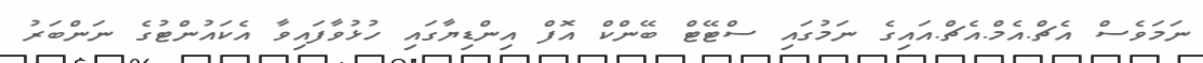
ނަމަވެސް އެޗް.އެމް.އެޗް.އައިގެ ނަމުގައި ސްޓޭޓް ބޭންކް އޮފް އިންޑިޔާގައި ހުޅުވާފައިވާ އެކައުންޓުގެ ނަންބަރު